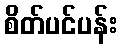
စိတ်ပင်ပန်း